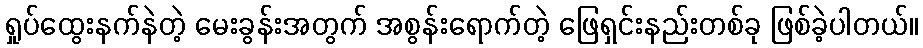
ရှုပ်ထွေးနက်နဲတဲ့ မေးခွန်းအတွက် အစွန်းရောက်တဲ့ ဖြေရှင်းနည်းတစ်ခု ဖြစ်ခဲ့ပါတယ်။